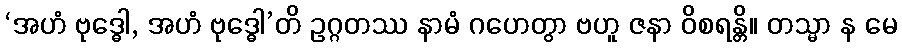
‘အဟံ ဗုဒ္ဓေါ, အဟံ ဗုဒ္ဓေါ’တိ ဥဂ္ဂတဿ နာမံ ဂဟေတွာ ဗဟူ ဇနာ ဝိစရန္တိ။ တသ္မာ န မေ